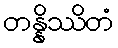
တန္နိဿိတံ